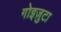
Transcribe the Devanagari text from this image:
गोइज़ुटा